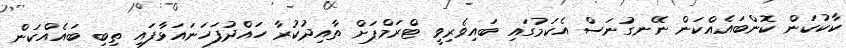
ކާކުކަން ކޮންބައެއްކަން ނޭނގުނަސް އެކަމުގައި ބައިވެރިވީ ޓްރަމްޕަށް ތާއިދުކުރާ ހައްދުފަހަނައަޅާފައި ތިބި ބައެއްކަން